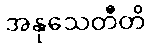
အနုသေတီတိ